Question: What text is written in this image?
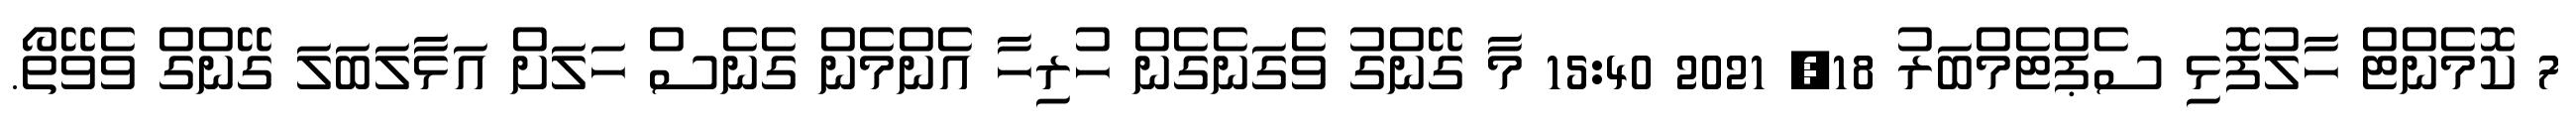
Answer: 7 ކޮމެންޓް ހާލުފޮޅި ސެޕްޓެމްބަރު 18, 2021 15:40 މާ ގޭންގު ވެގަނެގެން ހުރިހާ އެންމެން ގެނެސް ހަލަށް އަޅާލަބަލަ ގޭންގް ވެވޭތޯ.